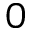
0